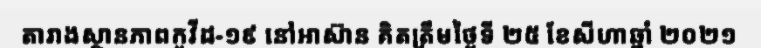
តារាងស្ថានភាពកូវីដ-១៩ នៅអាស៊ាន គិតត្រឹមថ្ងៃទី ២៥ ខែសីហាឆ្នាំ ២០២១